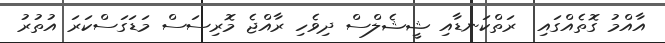
އާއްމު ގޮތެއްގައި  ރަތްކަނޑާއި ޝީޝެލްސް ދިވެހި ރާއްޖެ މޮރިސަސް މަޑަގަސްކަރަ އުތުރު